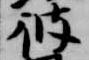
彼